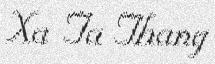
Xa Ta Thang